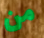
من